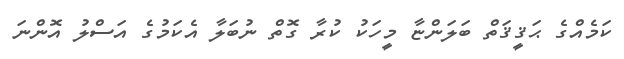
ކަމެއްގެ ޙަޤީޤަތް ބަލަންޏާ މީހަކު ކުރާ ގޮތް ނުބަލާ އެކަމުގެ އަސްލު އޮންނަ